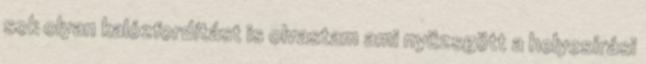
sok olyan kalózfordítást is olvastam ami nyüzsgött a helyesírási